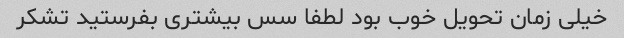
خیلی زمان تحویل خوب بود لطفا سس بیشتری بفرستید تشکر